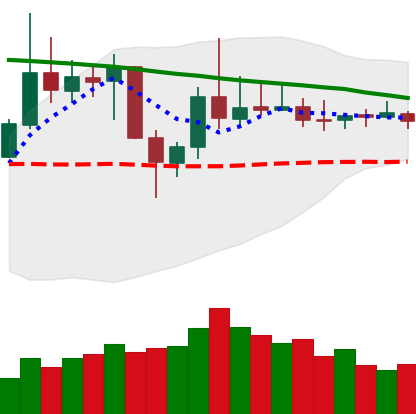
Ticker: DOGE-USD
Chart end date: 2019-11-04
Forward return: 3.787%
Label: up_3_5